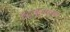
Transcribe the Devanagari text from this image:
१८६०००